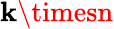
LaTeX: \mathbf{k}\timesn